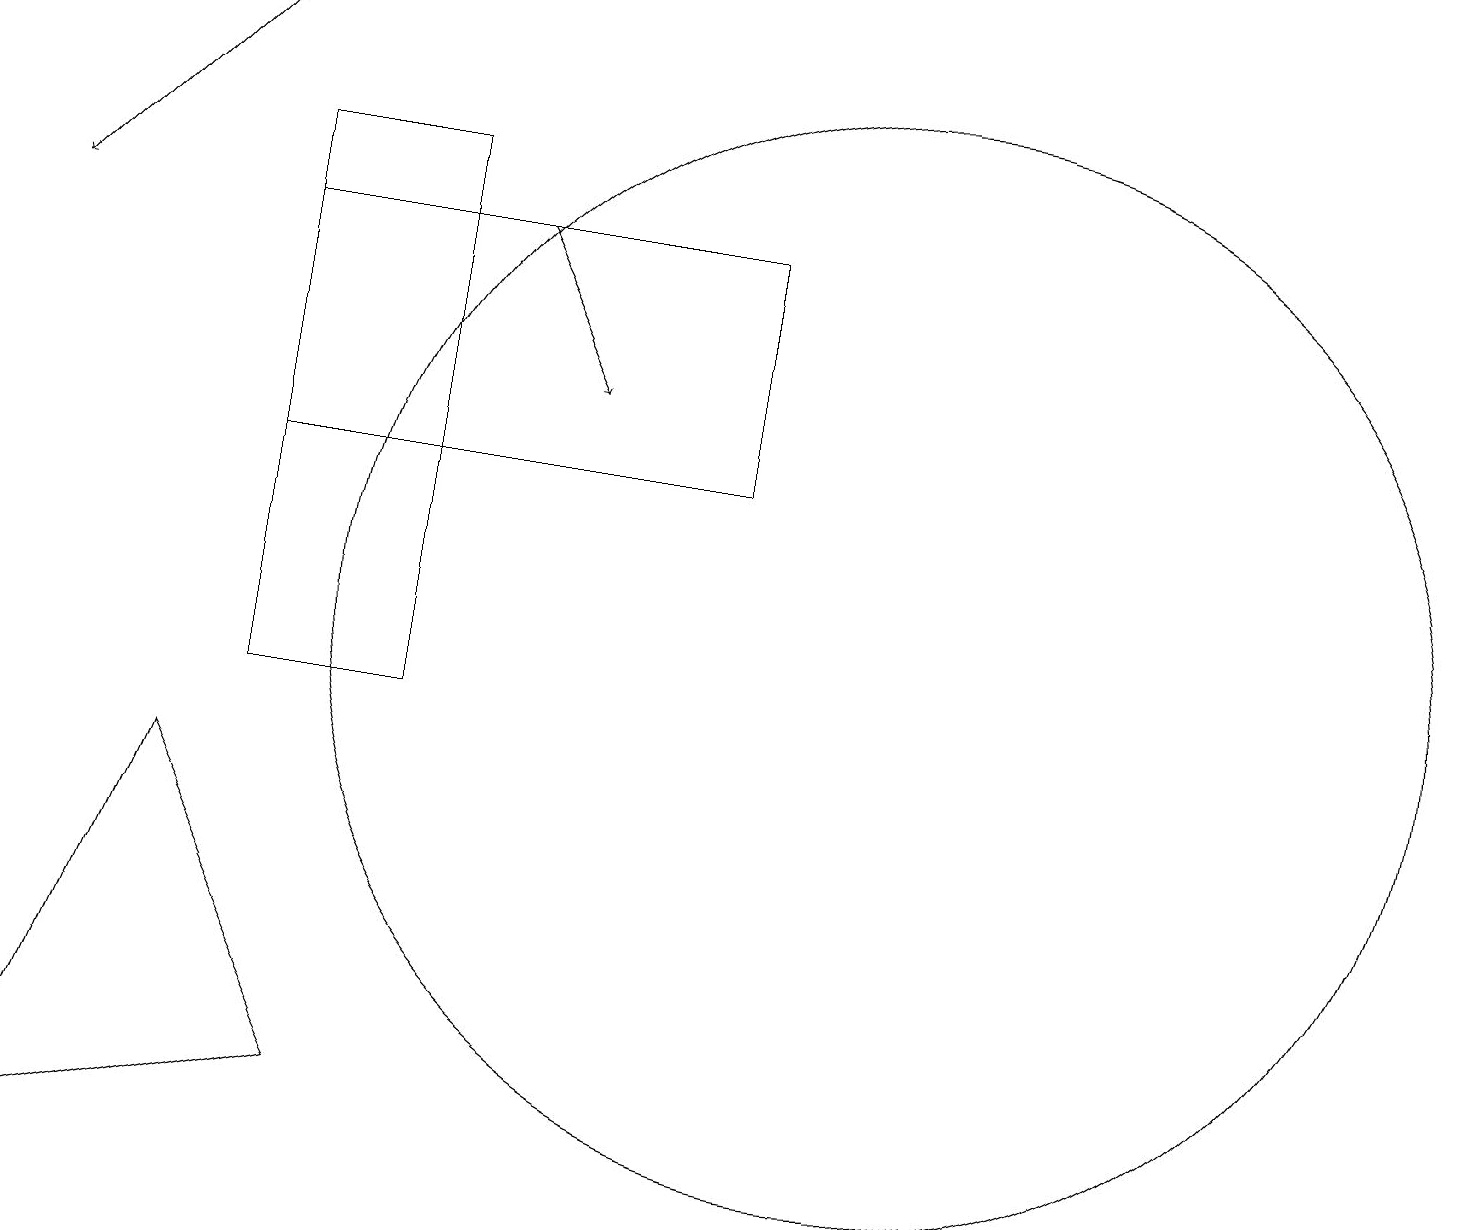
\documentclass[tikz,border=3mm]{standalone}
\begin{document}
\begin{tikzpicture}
\draw[->] (6,16) -- (7,14);
\draw[->] (3,19) -- (0,16);
\draw (4,5) -- (0,4) -- (2,9) -- cycle;
\draw (11,11) circle (7);
\draw (3,10) rectangle (5,17);
\draw (9,16) rectangle (3,13);
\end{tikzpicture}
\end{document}